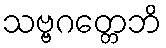
သဗ္ဗဂတ္တေဘိ